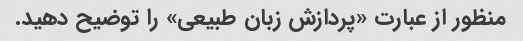
منظور از عبارت «پردازش زبان طبیعی» را توضیح دهید.